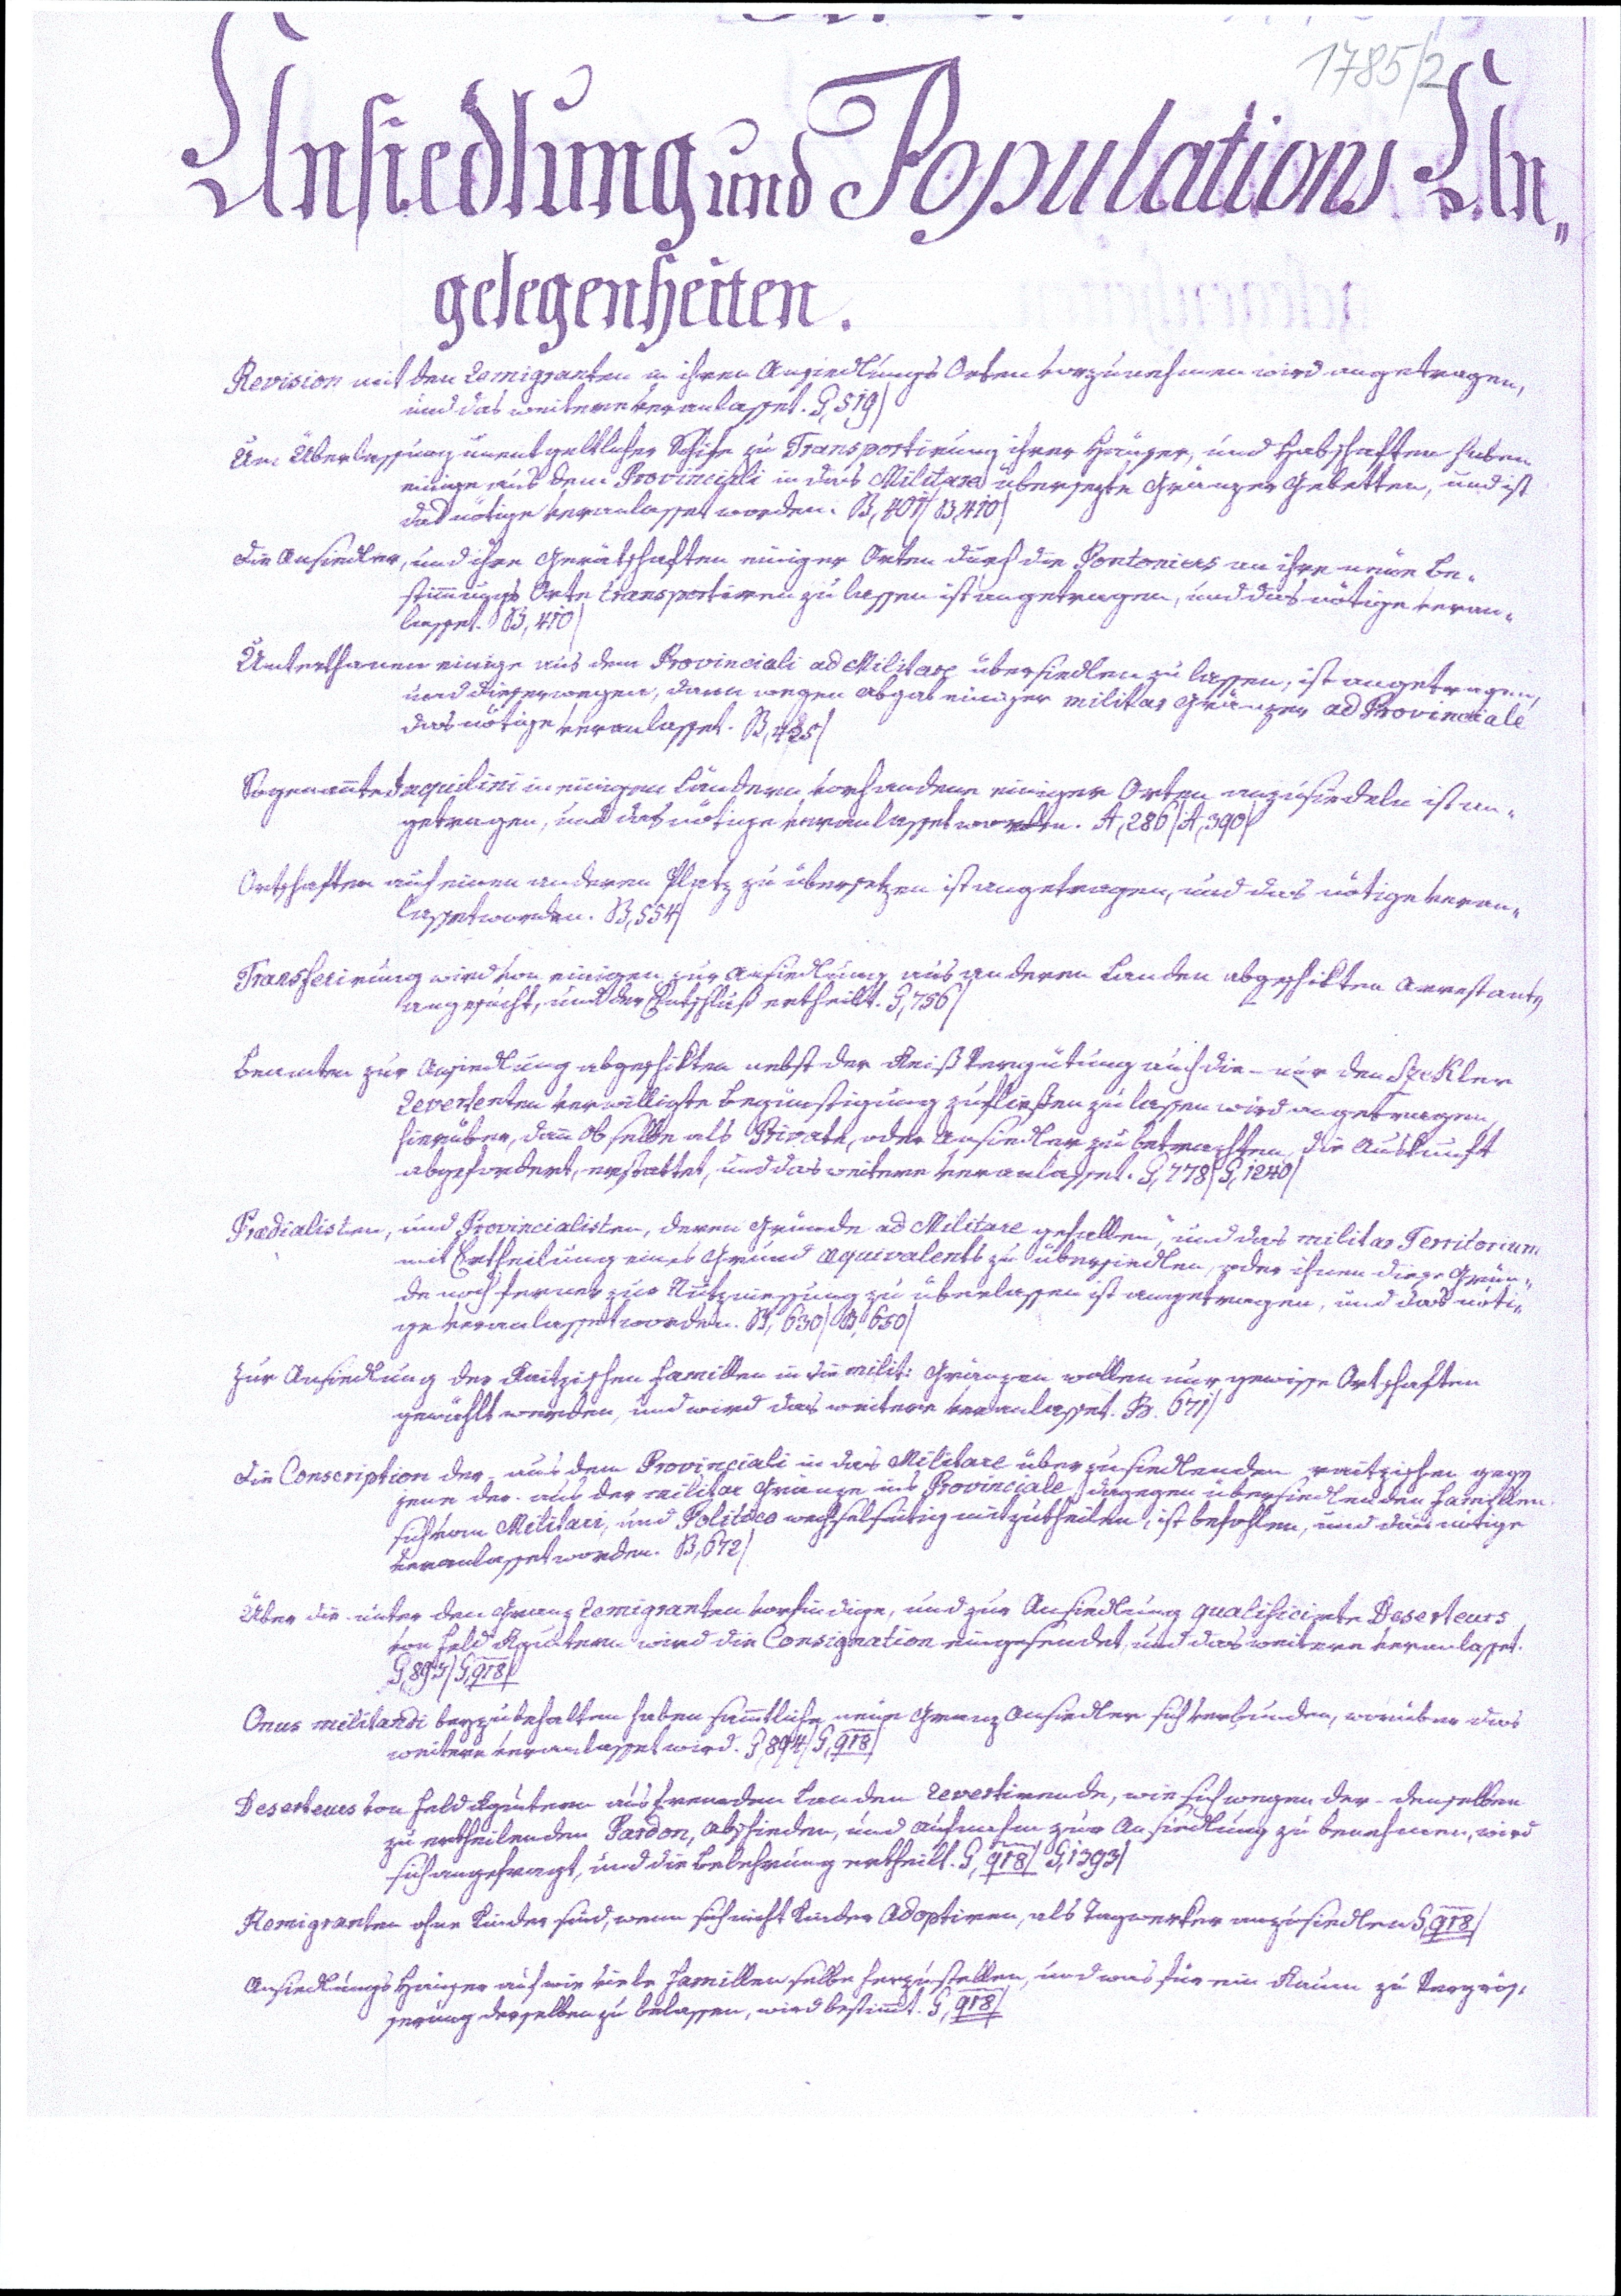
1785/2
Ansiedlung und Populations An¬
gelegenheiten.
Revision mit den Remigranten in ihren Ansiedlungs Orten vorzunehmen wird angetragen,
und das weitere veranlasset. G,519/
Um Überlassung unentgeltlicher Schife in Transportirung ihrer Häuser, und Habschaften haben
einige aus dem Provinciali in das Militare übersezte Gränzer gebetten, und ist
das nötige veranlasset worden. B,401/B,410/
Die Ansiedler, und ihre Gerätschaften einiger Orten durch die Pontoniers an ihre neue Be¬
stimmungs Orte transportiren zu lassen ist angetragen, und das nötige veran¬
lasset. B,410/
Unterthanen einige aus dem Provinciali ad Militare übersiedlen zu lassen, ist angetragen,
und dieserwegen, dann wegen abgab einiger militar Gränzer ad Provinciale
das nötige veranlasset. B,425/
Sogenannte Inquilini in einigen Ländern vorhanden einiger Orten anzusiedeln ist an¬
getragen, und das nötige veranlasset worden. A,286/A,390/
Ortschaften auf einen anderen Platz zu übersetzen ist angetragen, und das nötige veran¬
lasset worden. B,554/
Transferirung wird von einigen zur Ansiedlung aus anderen Landen abgeschikten Arrestanten
angesucht, und der Entschluß ertheilt. G,756/
Beamten zur Ansiedlung abgeschikten nebst der Reiß Vergütung auch die nur den Szekler
Reversenten verwilligte Begünstigung zufließen zu lassen wird angetragen,
hierüber, dann ob selbe als Private, oder Ansiedler zu betrachten, die Auskunft
abgefordert, erstattet, und das weitere veranlasset. G,778/G,1240/
Praedialisten, und Provincialisten, deren Gründe ad Militare gefallen, und das militar Territorium
mit Ertheilung eines Grund aequivalents zu übersiedlen, oder ihnen diese Grün¬
de noch ferner zur Nutzniessung zu überlassen ist angetragen, und das nöti¬
ge veranlasset worden. B,630/B,650/
Zur Ansiedlung der Raitzischen Famillen in die milit. Gränzen wollen nur gewisse Ortschaften
gewählt werden, und wird das weitere veranlasset. B.671/
Die Conscription der aus dem Provinciali in das Militare über zu siedlenden raitzischen gegen
jene der aus der militar Gränze ins Provinciale dagegen übersiedlen den Famillen
sich vom Militari, und Politico wechselseitig mitzutheilen, ist befohlen, und das nötige
veranlasset worden. B,672/
Über die unter den Gränz Remigranten vorfindige, und zur Ansiedlung qualificirte Deserteurs
von Feld Rgmtern wird die Consignation eingesendet, und das weitere veranlasset.
G,893/G,918/
Onus militandi beyzubehalten haben sammtliche neue Grenz Ansiedler sich verbunden, worüber das
weitere veranlasset wird. G,894/G,918/
Deserteurs von Feld Rgmtern aus fremden Landen Revertirende, wie sich wegen der - denselben
zu ertheilenden Pardon, abschieden, und aufmachen zur Ansiedlung zu benehmen, wird
sich angefragt, und die Belehrung ertheilt. G,918/G,1393/
Remigranten ohne Kinder sind, wenn sich nicht Kinder adoptiren, als Tagwerker anzusiedlen G,918/
Ansiedlungs Häuser auf wie viele Famillen selbe herzustellen, und was für ein Raum zu Vergrös¬
serung derselben zu belassen, wird bestimmt. G,918/